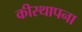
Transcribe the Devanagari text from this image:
कीस्थापना